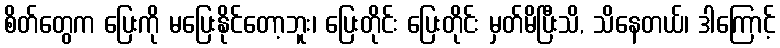
စိတ်တွေက ပြေးကို မပြေးနိုင်တော့ဘူး၊ ပြေးတိုင်း ပြေးတိုင်း မှတ်မိပြီးသိ, သိနေတယ်၊ ဒါကြောင့်